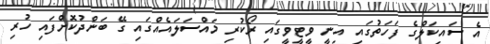
އެ ސައިކަލްގެ ފަހަތުގައި އިނީ ވީޓީވީގައި ރޯކުރި މައްސަލައެއްގައި ގޭ ބަންދުކޮށްފައި ހުރި